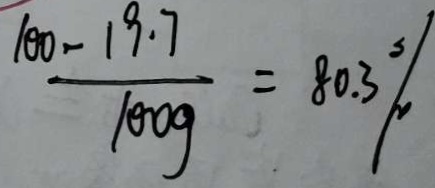
\frac { 1 0 0 - 1 9 . 7 } { 1 0 0 g } = 8 0 . 3 \%